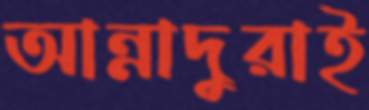
আন্নাদুরাই